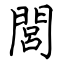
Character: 閭